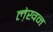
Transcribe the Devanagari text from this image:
ले़खन